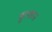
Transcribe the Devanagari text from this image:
मुल्‍तान